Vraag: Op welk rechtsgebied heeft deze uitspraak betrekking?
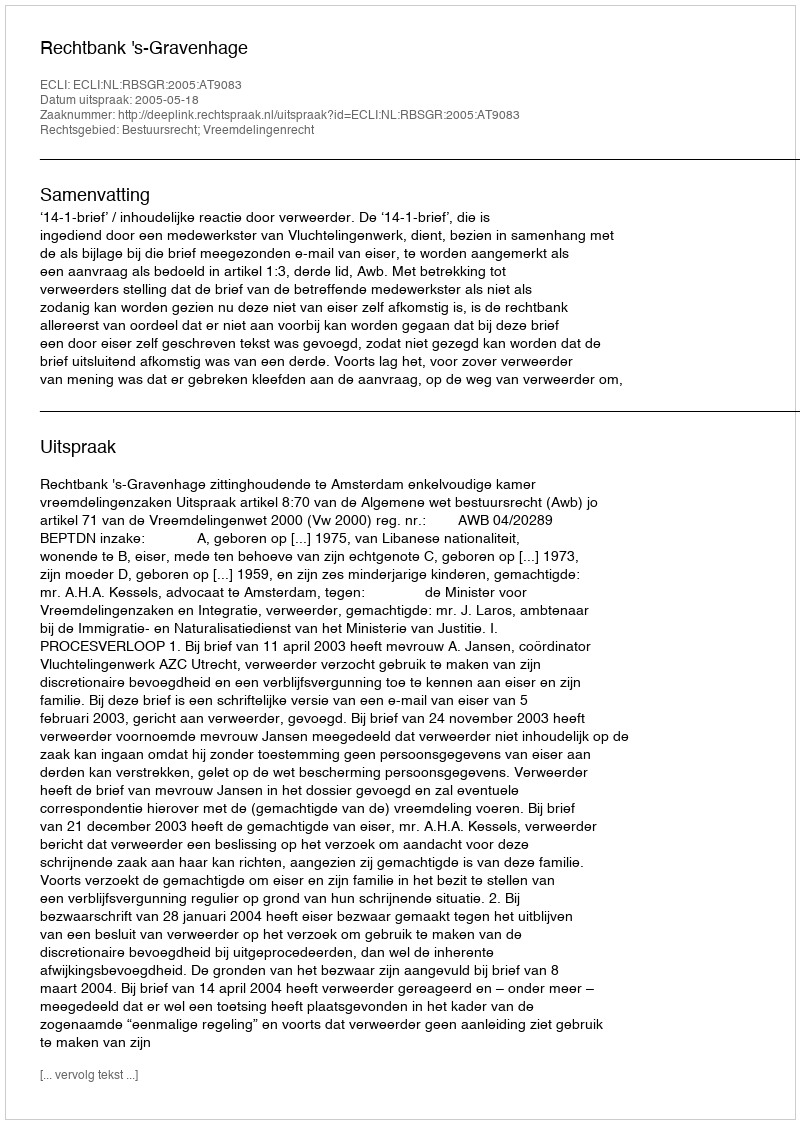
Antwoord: Bestuursrecht; Vreemdelingenrecht